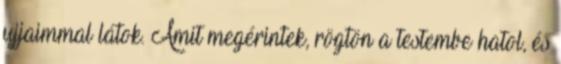
ujjaimmal látok. Amit megérintek, rögtön a testembe hatol, és